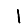
Digit: 1